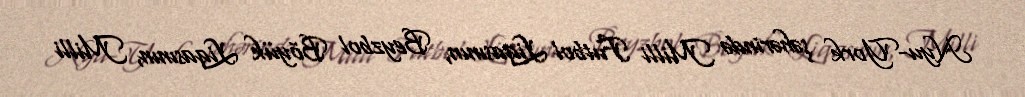
Nyu-York şəhərində Milli Futbol Liqasının, Beyzbol Böyük Liqasının, Milli